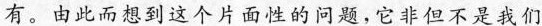
有。由此而想到这个片面性的问题，它非但不是我们